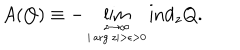
A ( Q ) \equiv - \lim _ { \stackrel { z \rightarrow \infty } { \scriptscriptstyle | \arg z | > \epsilon > 0 } } \mathrm { i n d } _ { z } Q .